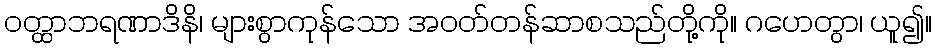
ဝတ္ထာဘရဏာဒိနိ၊ များစွာကုန်သော အဝတ်တန်ဆာစသည်တို့ကို။ ဂဟေတွာ၊ ယူ၍။